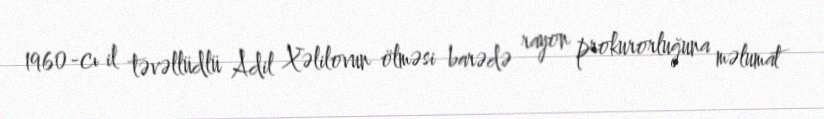
1960-cı il təvəllüdlü Adil Xəlilovun ölməsi barədə rayon prokurorluğuna məlumat